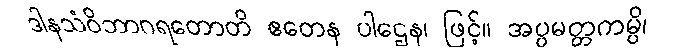
ဒါနသံဝိဘာဂရတောတိ ဧတေန ပါဌေန၊ ဖြင့်။ အပ္ပမတ္တကမ္ပိ၊